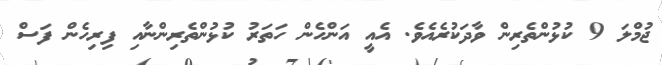
ޖުމްލަ 9 ކުޅުންތެރިން ވާދަކުރެއެވެ. އެއީ އަންހެން ހަތަރު ކުޅުންތެރިންނާއި ފިރިހެން ފަސް